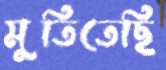
মুতিতেছি